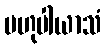
ဗဟုပါယာသံ